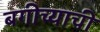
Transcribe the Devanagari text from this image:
बगीच्याची